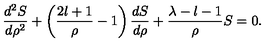
\frac { d ^ { 2 } S } { d \rho ^ { 2 } } + \left( \frac { 2 l + 1 } { \rho } - 1 \right) \frac { d S } { d \rho } + \frac { \lambda - l - 1 } { \rho } S = 0 .